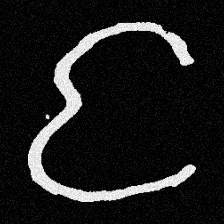
Pyu character \u2014 Myanmar letter: င (romanized: nga)